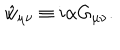
LaTeX: \hat { w } _ { \mu \nu } \equiv i \alpha G _ { \mu \nu } .